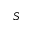
S